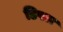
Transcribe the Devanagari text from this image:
डिपल